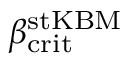
\beta _ { \mathrm { c r i t } } ^ { \mathrm { s t K B M } }